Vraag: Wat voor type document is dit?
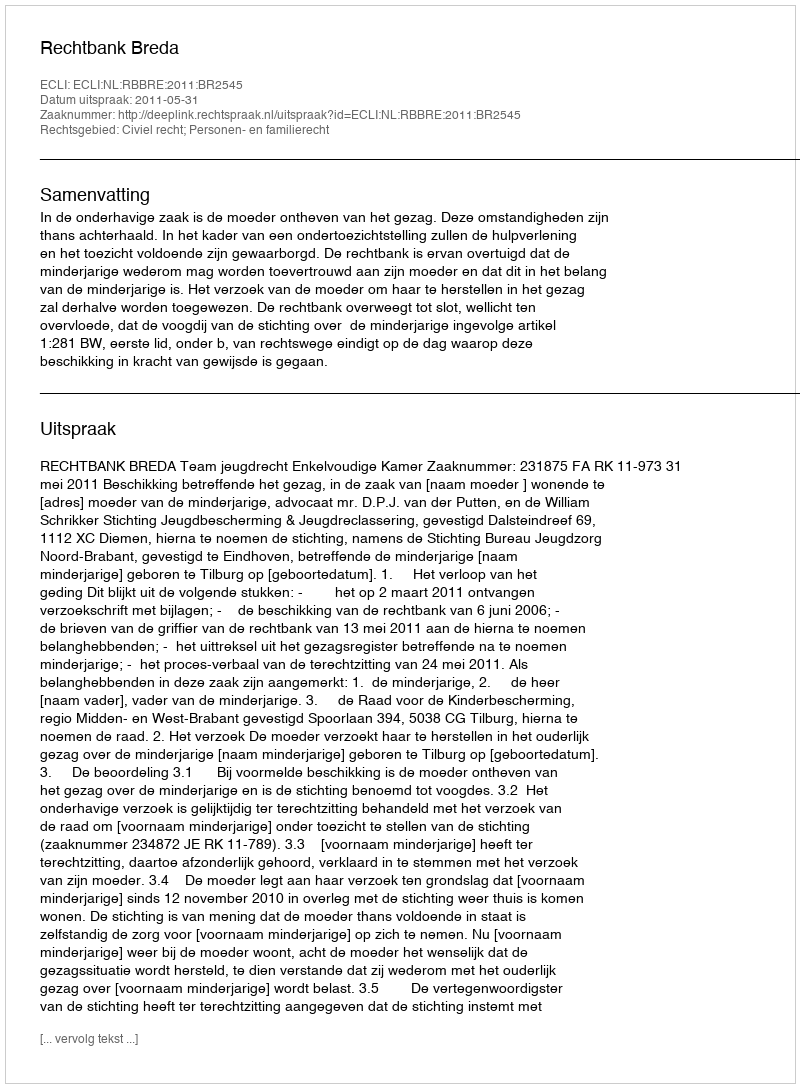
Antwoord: Uitspraak